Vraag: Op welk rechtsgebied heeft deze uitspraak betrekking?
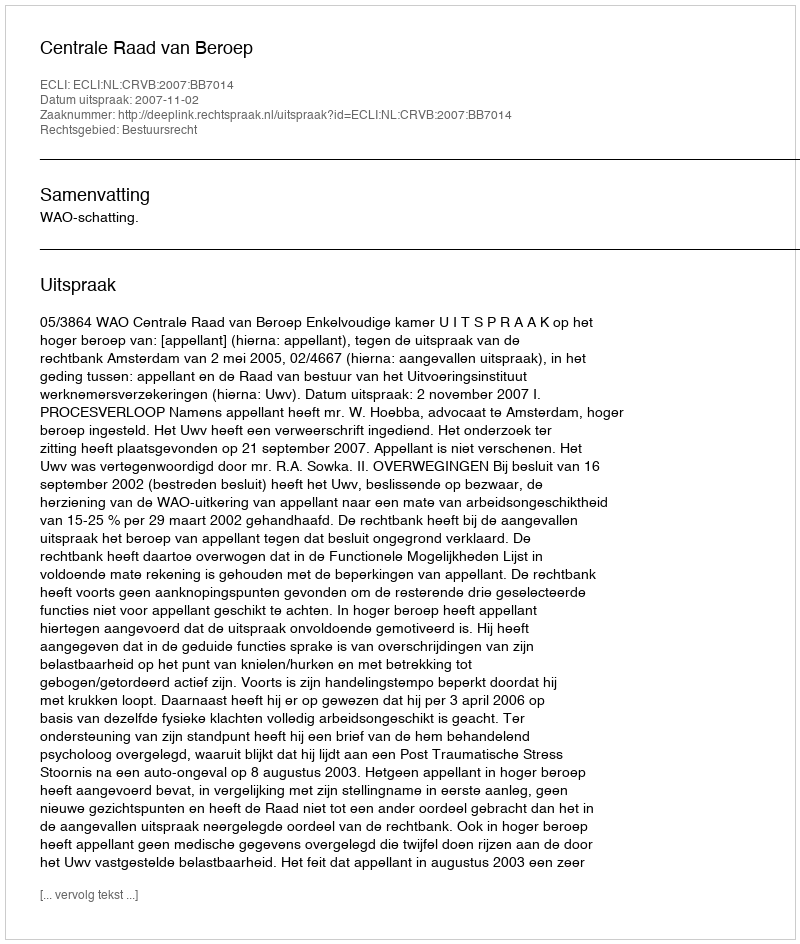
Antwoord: Bestuursrecht